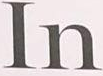
In